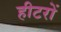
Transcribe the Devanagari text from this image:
हीटरों